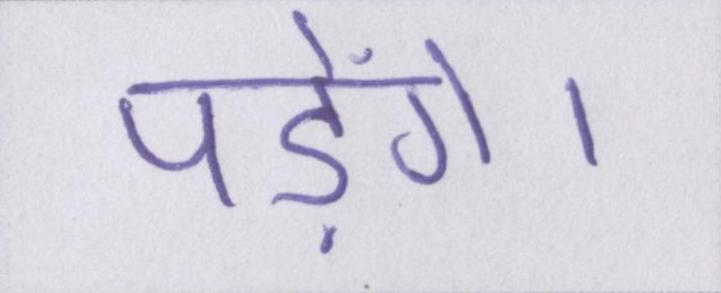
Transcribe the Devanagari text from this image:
पड़ेंगे।